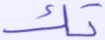
تك